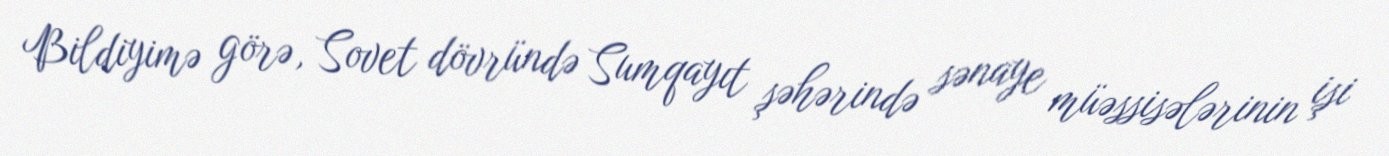
Bildiyimə görə, Sovet dövründə Sumqayıt şəhərində sənaye müəssisələrinin işi